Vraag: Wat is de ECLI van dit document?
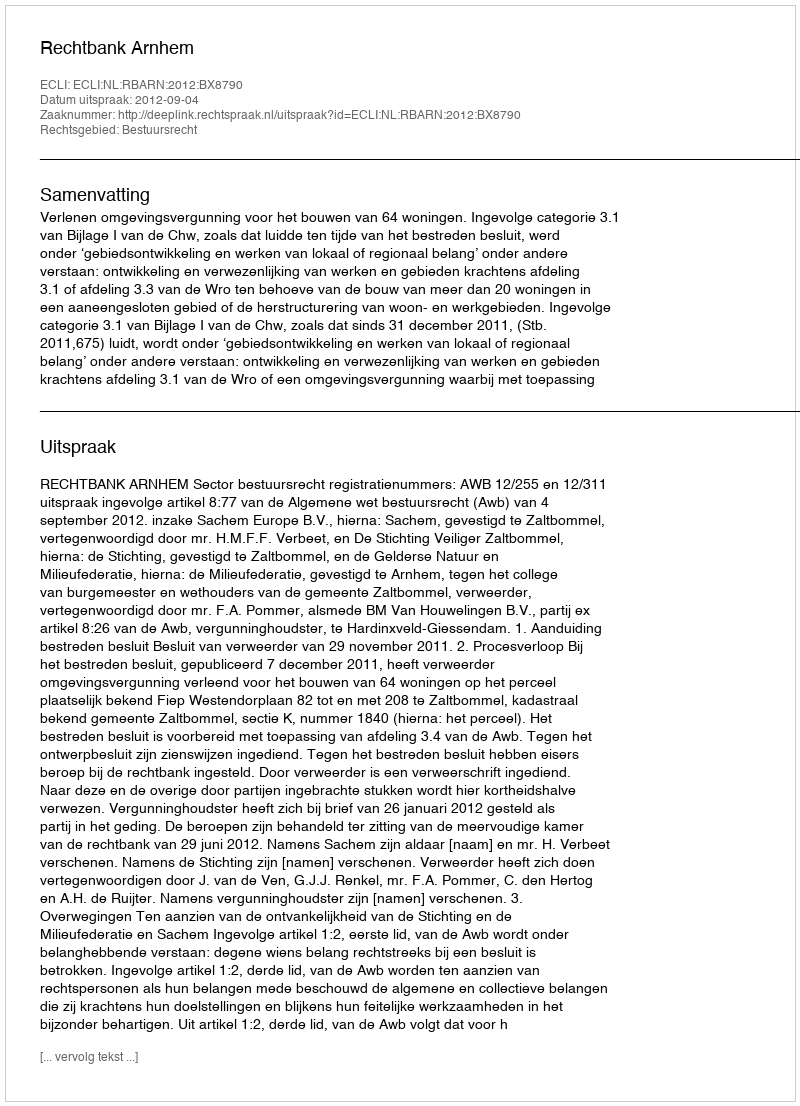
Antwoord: ECLI:NL:RBARN:2012:BX8790